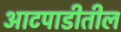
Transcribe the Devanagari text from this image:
आटपाडीतील